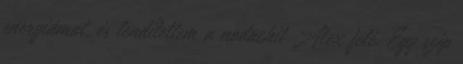
energiámat, és lendítettem a nodachit Alex felé. Egy szép